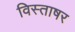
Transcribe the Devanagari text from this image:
विस्ताषर